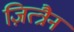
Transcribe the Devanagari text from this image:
ज़ित्त्रैन